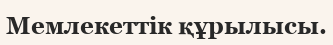
Мемлекеттік құрылысы.